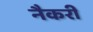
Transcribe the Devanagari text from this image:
नैकरी